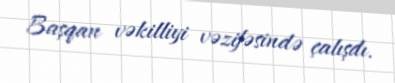
Başqan vəkilliyi vəzifəsində çalışdı.